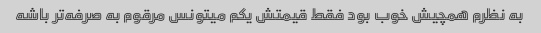
به نظرم همچیش خوب بود فقط قیمتش یکم میتونس مرقوم به صرفه‌تر باشه